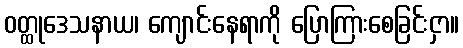
ဝတ္ထုဒေသနာယ၊ ကျောင်းနေရာကို ပြောကြားစေခြင်းငှာ။